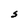
Character: S